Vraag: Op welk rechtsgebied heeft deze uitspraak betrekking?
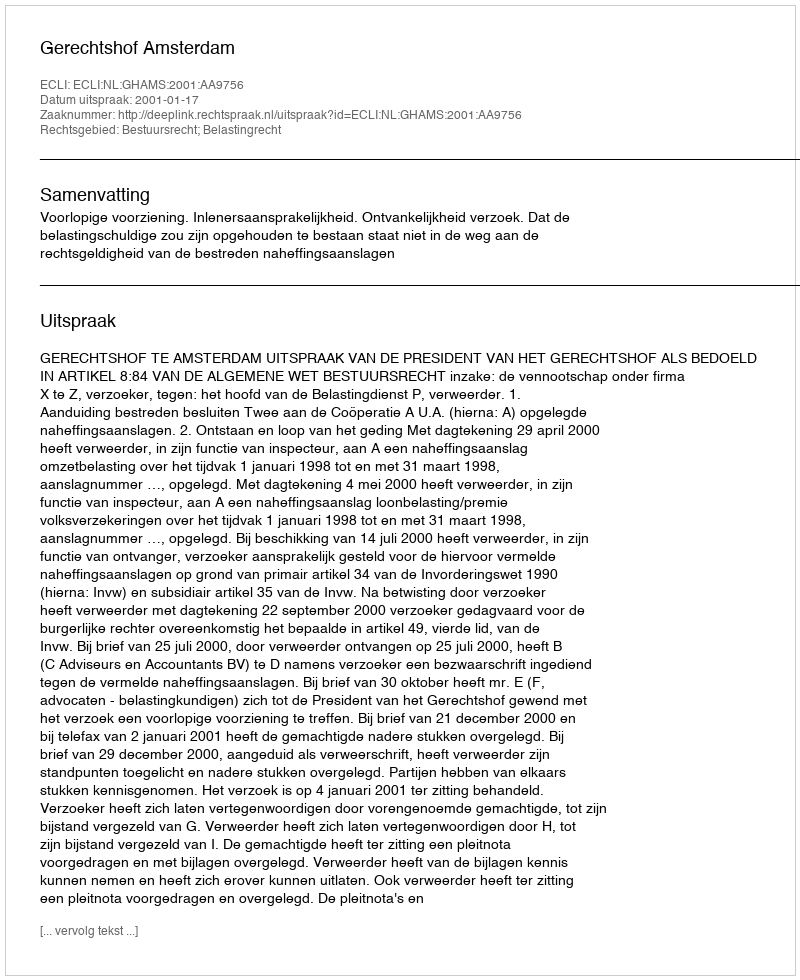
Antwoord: Bestuursrecht; Belastingrecht